Lunatic asylums Burma 1907-21 - 1907-1921
Year: 1907
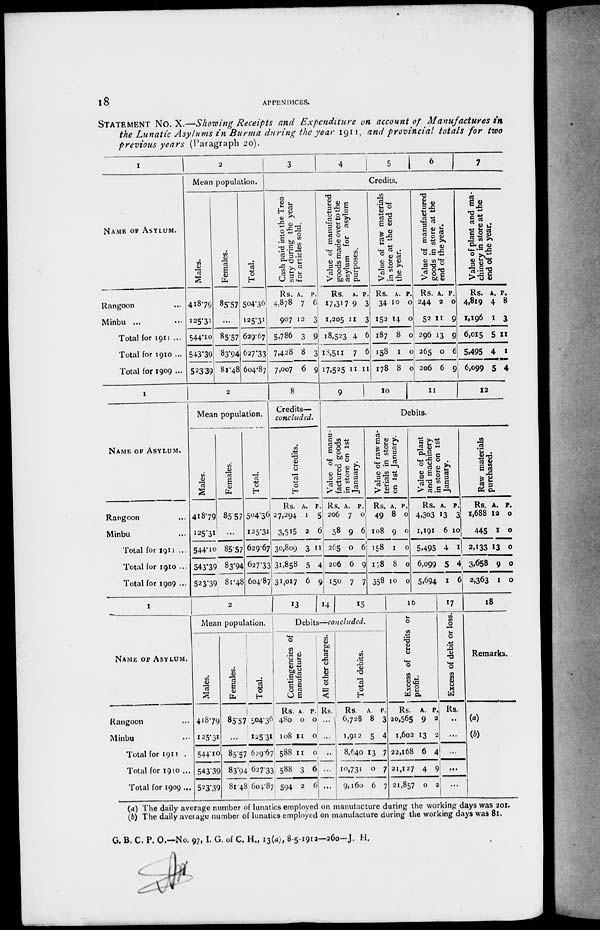
18
APPENDICES.
STATEMENT No. X.—Showing Receipts and Expenditure on account of Manufactures in
the Lunatic Asylums in Burma during the year 1911, and provincial totals for two
previous years (Paragraph 20).
1
NAME OF ASYLUM.
Rangoon ... ...
Minbu ... ...
Total for 1911 ...
Total for 1910 ...
Total for 1909 ...
2
Mean population.
Males.
418.79
125.31
544.10
543.39
523.39
Females.
85.57
...
85.57
83.94
81.48
Total.
504.36
125.31
629. 67
627.33
604.87
3
4
5
6
7
Credits.
Cash paid into the Trea¬
sury during the year
for articles sold.
Rs.
4,878
907
5,786
7,428
7,007
A.
7
12
3
8
6
P.
6
3
9
3
9
Value of manufactured
goods made over to the
asylum for asylum
purposes.
Rs.
17,317
1,205
18,523
18,511
17,525
A.
9
11
4
7
11
P.
3
3
6
6
11
Value of raw materials
in store at the end of
the year.
Rs.
34
152
187
158
178
A.
10
14
8
1
8
P.
0
0
0
0
0
Value of manufactured
goods in store at the
end of the year.
Rs.
244
52
296
265
206
A.
2
11
13
0
6
P.
0
9
9
6
9
Value of plant and ma-
chinery in store at the
end of the year.
Rs.
4,819
1,196
6,015
5,495
6,099
A.
4
1
5
4
5
P.
8
3
11
1
4
1
NAME OF ASYLUM.
Rangoon ... ...
Minbu ... ...
Total for 1911 ...
Total for 1910 ...
Total for 1909 ...
2
Mean population.
Males.
418.79
125.31
544.10
543.39
523.39
Females.
85.57
...
85.57
83.94
81.48
Total.
504.36
125.31
629.67
627.33
604.87
8
Credits—
concluded.
Total credits.
Rs.
27,294
3,515
30,809
31,858
31,017
A.
1
2
3
5
6
P.
5
6
11
4
9
9
10
11
12
Debits.
Value of manu-
factured goods
in store on 1st
January.
Rs.
206
58
265
206
150
A.
7
9
0
6
7
P.
0
6
6
9
7
Value of raw ma-
terials in store
on 1st January.
Rs.
49
108
158
178
358
A.
8
9
1
8
10
P.
0
0
0
0
0
Value of plant
and machinery
in store on 1st
January.
Rs.
4,303
1,191
5,495
6,099
5,694
A.
13
6
4
5
1
P.
3
10
1
4
6
Raw materials
purchased.
Rs.
1,688
445
2,133
3,658
2,363
A.
12
1
13
9
1
P.
0
0
0
0
0
1
NAME OF ASYLUM.
Rangoon ... ...
Minbu ... ...
Total for 1911 ...
Total for 1910 ...
Total for 1909 ...
2
Mean population.
Males.
418.79
125.31
544.10
543.39
523.39
Females.
85.57
...
85.57
83.94
81.48
Total.
504.36
125.31
629.67
627.33
604.87
1 3
14 15
Debits—concluded.
Contingencies of
manufacture.
Rs.
480
108
588
588
594
A.
0
11
11
3
2
P.
0
0
0
6
6
All other charges.
Rs.
...
...
...
...
...
Total debits.
Rs.
6,728
1,912
8,640
10,731
9,160
A.
8
5
13
0
6
P.
3
4
7
7
7
16
Excess of credits or
profit.
Rs.
20,565
1,602
22,168
21,127
21,857
A.
9
13
6
4
0
P.
2
2
4
9
2
17
Excess of debit or loss.
Rs.
...
...
...
...
...
18
Remarks.
(a)
(b)
(a) The daily average number of lunatics employed on manufacture during the working days was 201.
(b) The daily average number of lunatics employed on manufacture during the working days was 81.
G. B. C. P. O.—No. 97, I. G. of C. H., 13(a), 8-5-1912—260—J. H.